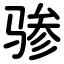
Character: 骖